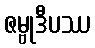
ဇမ္ဗုဒီပဿ